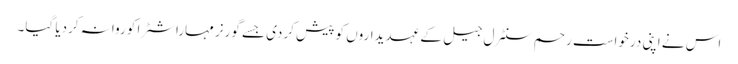
اس نے اپنی درخواست رحم سنٹرل جیل کے عہدیداروں کو پیش کردی جسے گورنر مہاراشٹرا کو روانہ کردیا گیا۔